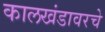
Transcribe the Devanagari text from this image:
कालखंडावरचे